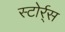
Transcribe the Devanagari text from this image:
स्टोर्र्स